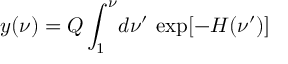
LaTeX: y ( \nu ) = Q \int _ { 1 } ^ { \nu } \! d \nu ^ { \prime } \, \exp [ - H ( \nu ^ { \prime } ) ] \,